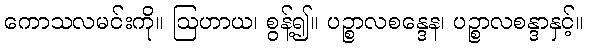
ကောသလမင်းကို။ ဩဟာယ၊ စွန့်၍။ ပဉ္စာလစန္ဒေန၊ ပဉ္စာလစန္ဒာနှင့်။